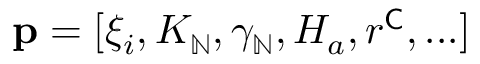
\mathbf { p } = [ \xi _ { i } , K _ { \mathbb { N } } , \gamma _ { \mathbb { N } } , H _ { a } , r ^ { \mathsf { C } } , . . . ]